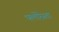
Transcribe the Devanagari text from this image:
फ्लोरेस्ता